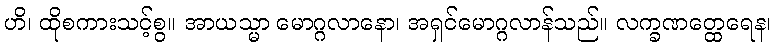
ဟိ၊ ထိုစကားသင့်စွ။ အာယသ္မာ မောဂ္ဂလာနော၊ အရှင်မောဂ္ဂလာန်သည်။ လက္ခဏတ္ထေရေန၊